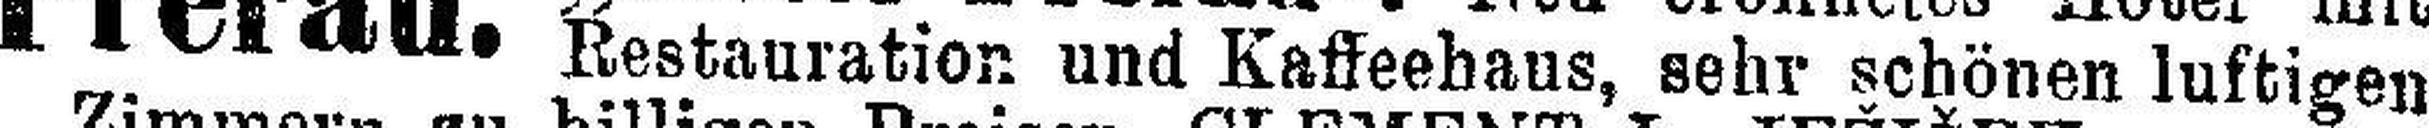
Restauration und Kaffeehaus, sehr schönen luftigen